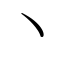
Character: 丶